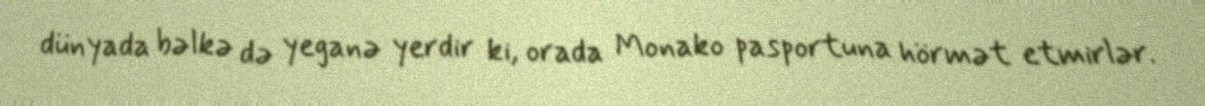
dünyada bəlkə də yeganə yerdir ki, orada Monako pasportuna hörmət etmirlər.